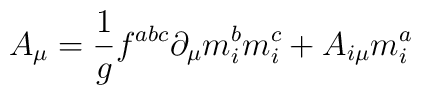
A_\mu =\frac 1gf^{abc}\partial _\mu m_i^bm_i^c+A_{i\mu }m_i^a